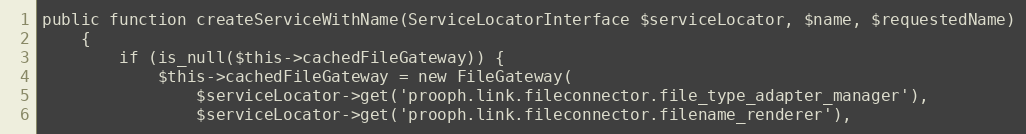
Language: PHP
public function createServiceWithName(ServiceLocatorInterface $serviceLocator, $name, $requestedName)
    {
        if (is_null($this->cachedFileGateway)) {
            $this->cachedFileGateway = new FileGateway(
                $serviceLocator->get('prooph.link.fileconnector.file_type_adapter_manager'),
                $serviceLocator->get('prooph.link.fileconnector.filename_renderer'),